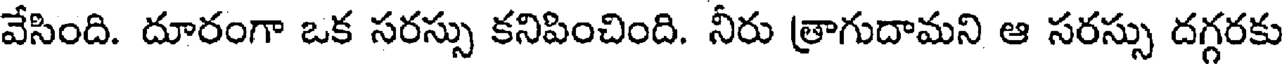
వేసింది. దూరంగా ఒక సరస్సు కనిపించింది. నీరు త్రాగుదామని ఆ సరస్సు దగ్గరకు